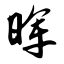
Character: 晖